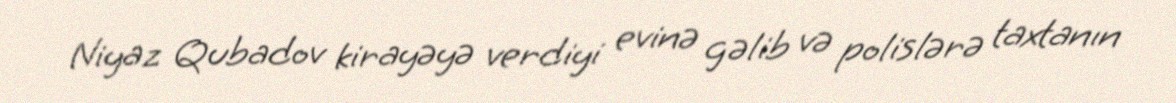
Niyaz Qubadov kirayəyə verdiyi evinə gəlib və polislərə taxtanın